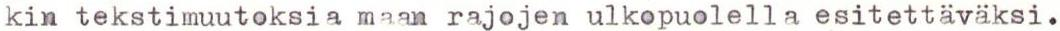
kin tekstimuutoksia maan rajojen ulkopuolella esitettäväksi.